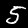
Label: 5